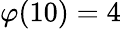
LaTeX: \varphi(10)=4